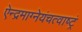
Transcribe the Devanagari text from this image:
ऐन्द्रमाग्नेयंचत्वाष्ट्रं